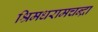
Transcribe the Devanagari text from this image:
श्रिमधरामचन्द्रा